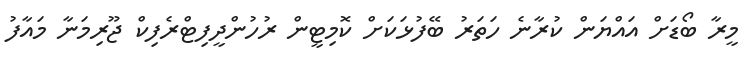
މީރާ ބޯޑަށް އައްޔަން ކުރާނެ ހަތަރު ބޭފުޅަކަށް ކޮމިޓީން ރުހުންދީފިޓްރެފިކް ޖޫރިމަނާ މައާފު